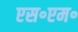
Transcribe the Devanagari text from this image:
एस॰एम॰